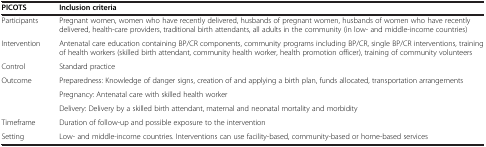
<table><thead><tr><td><b>PICOTS</b></td><td><b>Inclusion criteria</b></td></tr></thead><tbody><tr><td>Participants</td><td>Pregnant women, women who have recently delivered, husbands of pregnant women, husbands of women who have recently delivered, health-care providers, traditional birth attendants, all adults in the community (in low- and middle-income countries)</td></tr><tr><td>Intervention</td><td>Antenatal care education containing BP/CR components, community programs including BP/CR, single BP/CR interventions, training of health workers (skilled birth attendant, community health worker, health promotion officer), training of community volunteers</td></tr><tr><td>Control</td><td>Standard practice</td></tr><tr><td rowspan="3">Outcome</td><td>Preparedness: Knowledge of danger signs, creation of and applying a birth plan, funds allocated, transportation arrangements</td></tr><tr><td>Pregnancy: Antenatal care with skilled health worker</td></tr><tr><td>Delivery: Delivery by a skilled birth attendant, maternal and neonatal mortality and morbidity</td></tr><tr><td>Timeframe</td><td>Duration of follow-up and possible exposure to the intervention</td></tr><tr><td>Setting</td><td>Low- and middle-income countries. Interventions can use facility-based, community-based or home-based services</td></tr></tbody></table>